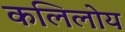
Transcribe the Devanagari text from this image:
कलिलोय